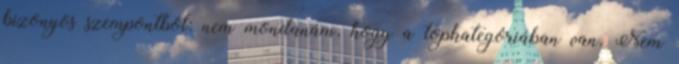
bizonyos szempontból: nem mondanám, hogy a topkategóriában van. Nem